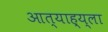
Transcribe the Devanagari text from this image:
आत्याह्य्ला